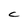
Character: C